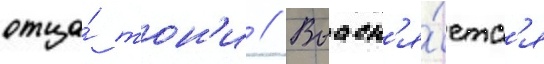
отца́ тон'и // Выасн'я́етс'я